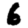
Digit: 6